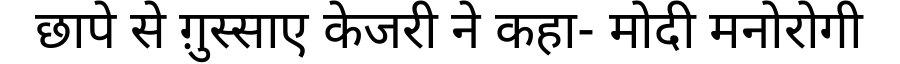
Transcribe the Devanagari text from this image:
छापे से ग़ुस्साए केजरी ने कहा- मोदी मनोरोगी